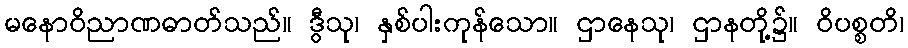
မနောဝိညာဏဓာတ်သည်။ ဒွီသု၊ နှစ်ပါးကုန်သော။ ဌာနေသု၊ ဌာနတို့၌။ ဝိပစ္စတိ၊